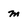
Character: m